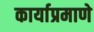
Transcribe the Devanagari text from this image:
कार्याप्रमाणे